Lunatic asylums Madras 1892-1911 - 1892-1911
Year: 1892
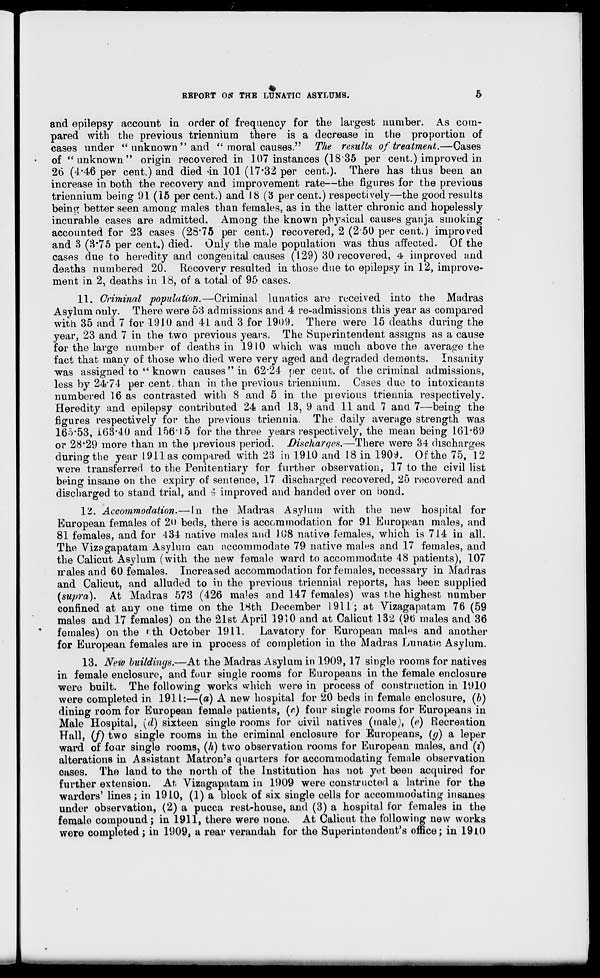
REPOBT ON THE LUNATIC ASYLUMS.
and epilepsy account in order of frequency for the largest number. As coin-
pared with the previous triennium there is a decrease in the proportion of
cases under " unknown " and " moral causes." The result* of treatment.—Cases
of "unknown" origin recovered in 107 instances (18*35 per cent.) improved in
26 (4-46 per cent.) and died -in 101 (17*32 per cent.). There has thus been an
increase in both the recovery and improvement rate—the figures for the previous
triennium being 91 (15 per cent.) and 18 (3 percent.) respectively—the good results
bein^ better seen among" males than females, as in the latter chronic and hopelessly
incurable cases are admitted. Among the known physical causes ganja smoking
accounted for 23 cases (28*75 per cent.) recovered, 2 (250 per cent.) improved
and 3 (3*75 per cent.) died. Only the male population was thus affected. Of the
cases due to heredity and congenital causes (129) 30 recovered, 4 improved and
deaths numbered 20. Recovery resulted in those due to epilepsy in 12, improve-
ment in 2, deaths in 18, of a total of 95 cases.
11. Criminal population.—Criminal lunatics are received into the Madras
Asylum only. There were 53 admissions and 4 re-admissions this year as compared
with 35 and 7 for 1910 and 41 and 3 for 1909. There were 15 deaths during the
year, 23 and 7 in the two previous years. The Superintendent assigns as a cause
for the large number of deaths in 1910 which was much above the average the
fact that many of those who died were very aged and degraded dements. Insanity
was assigned to " known causes "in. 62-24 per cent, of the criminal admissions,
less by 24*74 per cent, than in the previous triennium. Cases due to intoxicants
numbered 16 as contrasted with 8 and 5 in the previous triennia respectively.
Heredity and epilepsy contributed 24 and 18, 9 and 11 and 7 and 7—being the
figures respectively for the previous triennia. The daily average strength was
165*53, 163*40 and 156 15 for the three years respectively, the mean being 161*69
or 28*29 more than m the previous period. Discharges.—There were 34 discharges
during the year 1911 as compared with 23 in 1910 and 18 in 1909. Of the 75, 12
were transferred to the Penitentiary for further observation, 17 to the civil list
being insane on the expiry of sentence, 17 discharged recovered, 25 recovered and
discharged to stand trial, and 4 improved and handed over on bond.
12. Aeco?)imodation.—-In the Madras Asylum with the new hospital for
European females of 2<> beds, there is accommodation for 91 European males, and
81 females, and for 434 native males and 108 native females, which is 714 in all.
The Vizagapatam Asylum can accommodate 79 native males and 17 females, and
the Calicut Asylum (with the new female ward to accommodate 48 patients), 107
irales and 60 females. Increased accommodation for females, necessary in Madras
and Calicut, and alluded to in the previous triennial reports, has been supplied
(supra). At Madras 573 (426 males and 147 females) was the highest number
confined at any one time on the 18th December 1911; at Vizagapatam 76 (59
males and 17 females) on the 21st April 1910 and at Calicut 13*2 (9b males and 36
females) on the fcth October 1911. Lavatory for European mal^s and another
for European females are in process of completion in the Madras Lunatic Asylum.
13. New building*.—At the Madras Asylum in 1909, 17 single rooms for natives
in female enclosure, and four single rooms for Europeans in the female enclosure
were built. The following works which were in process of construction in 1910
were completed in 1914:—(a) A new hospital for 20 beds in female enclosure, (b)
dining room for European female patients, (r) four single rooms for Europeans in
Male Hospital, (d) sixteen single rooms for oivii natives (male), (e) Recreation
Hall, (J) two single rooms in the criminal enclosure for Europeans, (g) a leper
ward of four single rooms, (h) two observation rooms for European males, and (i)
alterations in Assistant Matron's quarters for accommodating female observation
cases. The land to the north of the Institution has not yet been acquired for
further extension. At Vizagapatam in 1909 were constructed a latrine for the
warders' lines; in 1910, (1) a block of six single cells for accommodating insanes
under observation, (2) a pucca rest-house, and (3) a hospital for females in the
female compound; in 1911, there were none. At Calicut the following new works
were completed; in 1909, a rear verandah for the Superintendent's office; in 19K)